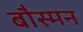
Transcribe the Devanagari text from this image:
बौस्मन